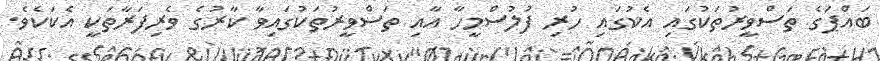
ބައްޕަގެ ތަސްވީރުތަކުގައި އެކުގައި ހުރި ފުލުސްމީހާ އާއި ތަސްވީރުތަކުގައިވާ ކާރުގެ ވެރިފަރާތަކީ އެކަކެވެ.